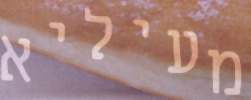
מעיליא